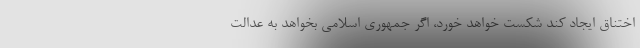
اختناق ایجاد کند شکست خواهد خورد، اگر جمهوری اسلامی بخواهد به عدالت